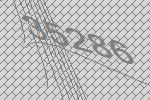
35286